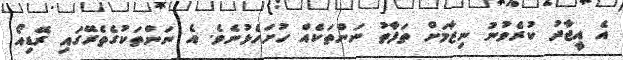
އެ އީޖާދު ކުރެވުނު ނިޒާމަށް ތަފާތު ނަންތަކެއް ހުށަހެޅުނެވެ. އެ ނަންތަކުގެތެރޭގައި ރޭޑިއޯ